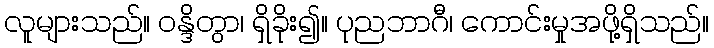
လူများသည်။ ဝန္ဒိတွာ၊ ရှိခိုး၍။ ပုညဘာဂီ၊ ကောင်းမှုအဖို့ရှိသည်။